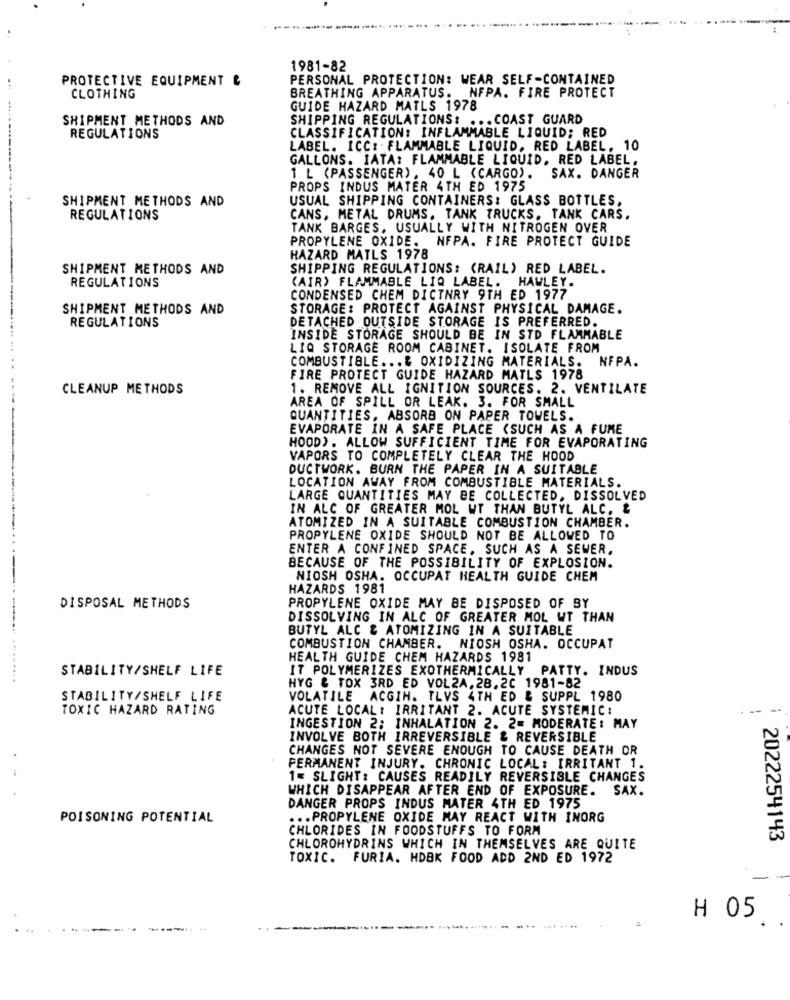
1981-82
PROTECTIVE EQUIPMENT &
PERSONAL PROTECTION: WEAR SELF-CONTAINED
BREATHING APPARATUS. NFPA. FIRE PROTECT
CLOTHING
GUIDE HAZARD MATLS 1978
SHIPMENT METHODS AND
SHIPPING REGULATIONS: ... COAST GUARD
REGULATIONS
CLASSIFICATION: INFLAMMABLE LIQUID; RED
LABEL. ICC: FLAMMABLE LIQUID, RED LABEL. 10
GALLONS. IATA: FLAMMABLE LIQUID, RED LABEL.
1 L (PASSENGER), 40 L (CARGO).
SAX. DANGER
PROPS INDUS MATER 4TH ED 1975
SHIPMENT METHODS AND
USUAL SHIPPING CONTAINERS: GLASS BOTTLES,
REGULATIONS
CANS, METAL DRUMS, TANK TRUCKS, TANK CARS.
TANK BARGES, USUALLY WITH NITROGEN OVER
PROPYLENE OXIDE. NFPA. FIRE PROTECT GUIDE
HAZARD MATLS 1978
SHIPMENT METHODS AND
SHIPPING REGULATIONS: (RAIL) RED LABEL.
REGULATIONS
(AIR) FLAMMABLE LIQ LABEL. HAWLEY.
CONDENSED CHEM DICTNRY 9TH ED 1977
SHIPMENT METHODS AND
STORAGE: PROTECT AGAINST PHYSICAL DAMAGE.
DETACHED OUTSIDE STORAGE IS PREFERRED.
REGULATIONS
INSIDE STORAGE SHOULD BE IN STD FLAMMABLE
LIQ STORAGE ROOM CABINET. ISOLATE FROM
COMBUSTIBLE ... & OXIDIZING MATERIALS.
NFPA.
FIRE PROTECT GUIDE HAZARD MATLS 1978
CLEANUP METHODS
1. REMOVE ALL IGNITION SOURCES. 2. VENTILATE
AREA OF SPILL OR LEAK. 3. FOR SMALL
QUANTITIES. ABSORB ON PAPER TOWELS.
EVAPORATE IN A SAFE PLACE (SUCH AS A FUME
HOOD). ALLOW SUFFICIENT TIME FOR EVAPORATING
VAPORS TO COMPLETELY CLEAR THE HOOD
DUCTWORK. BURN THE PAPER IN A SUITABLE
LOCATION AWAY FROM COMBUSTIBLE MATERIALS.
LARGE QUANTITIES MAY BE COLLECTED, DISSOLVED
IN ALC OF GREATER MOL WT THAN BUTYL ALC. &
ATOMIZED IN A SUITABLE COMBUSTION CHAMBER.
PROPYLENE OXIDE SHOULD NOT BE ALLOWED TO
ENTER A CONFINED SPACE, SUCH AS A SEWER.
BECAUSE OF THE POSSIBILITY OF EXPLOSION.
NIOSH OSHA. OCCUPAT HEALTH GUIDE CHEM
HAZARDS 1981
DISPOSAL METHODS
PROPYLENE OXIDE MAY BE DISPOSED OF BY
DISSOLVING IN ALC OF GREATER MOL WT THAN
BUTYL ALC & ATOMIZING IN A SUITABLE
COMBUSTION CHAMBER. NIOSH OSHA. OCCUPAT
HEALTH GUIDE CHEM HAZARDS 1981
STABILITY/SHELF LIFE
IT POLYMERIZES EXOTHERMICALLY PATTY. INDUS
HYG & TOX 3RD ED VOL2A. 28.20 1981-82
STABILITY/SHELF LIFE
VOLATILE ACGIN. TLVS 4TH ED & SUPPL 1980
TOXIC HAZARD RATING
ACUTE LOCAL: IRRITANT 2. ACUTE SYSTEMIC:
-- --
INGESTION 2; INHALATION 2. 2= MODERATE: MAY
INVOLVE BOTH IRREVERSIBLE & REVERSIBLE
CHANGES NOT SEVERE ENOUGH TO CAUSE DEATH OR
PERMANENT INJURY. CHRONIC LOCAL: IRRITANT 1.
1= SLIGHT: CAUSES READILY REVERSIBLE CHANGES
WHICH DISAPPEAR AFTER END OF EXPOSURE. SAX.
DANGER PROPS INDUS MATER 4TH ED 1975
POISONING POTENTIAL
... PROPYLENE OXIDE MAY REACT WITH INORG
CHLORIDES IN FOODSTUFFS TO FORM
2022254143
CHLOROHYDRINS WHICH IN THEMSELVES ARE QUITE
TOXIC. FURIA. HDBK FOOD ADD 2ND ED 1972
H 05
. ..